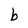
Character: b